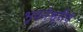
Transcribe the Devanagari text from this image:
भुवनेश्वरीचे